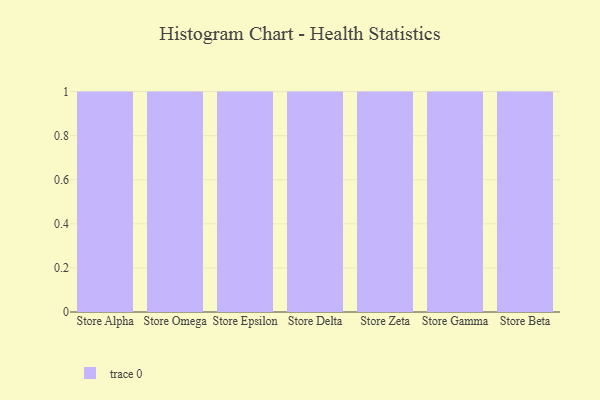
{"axis": {"x": "Store", "y": "LTV (USD)"}, "legend": [""], "data": [{"x": "Store Alpha", "y": 11, "type": ""}, {"x": "Store Omega", "y": 75, "type": ""}, {"x": "Store Epsilon", "y": 62, "type": ""}, {"x": "Store Delta", "y": 25, "type": ""}, {"x": "Store Zeta", "y": 52, "type": ""}, {"x": "Store Gamma", "y": 49, "type": ""}, {"x": "Store Beta", "y": 60, "type": ""}]}